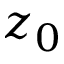
z _ { 0 }